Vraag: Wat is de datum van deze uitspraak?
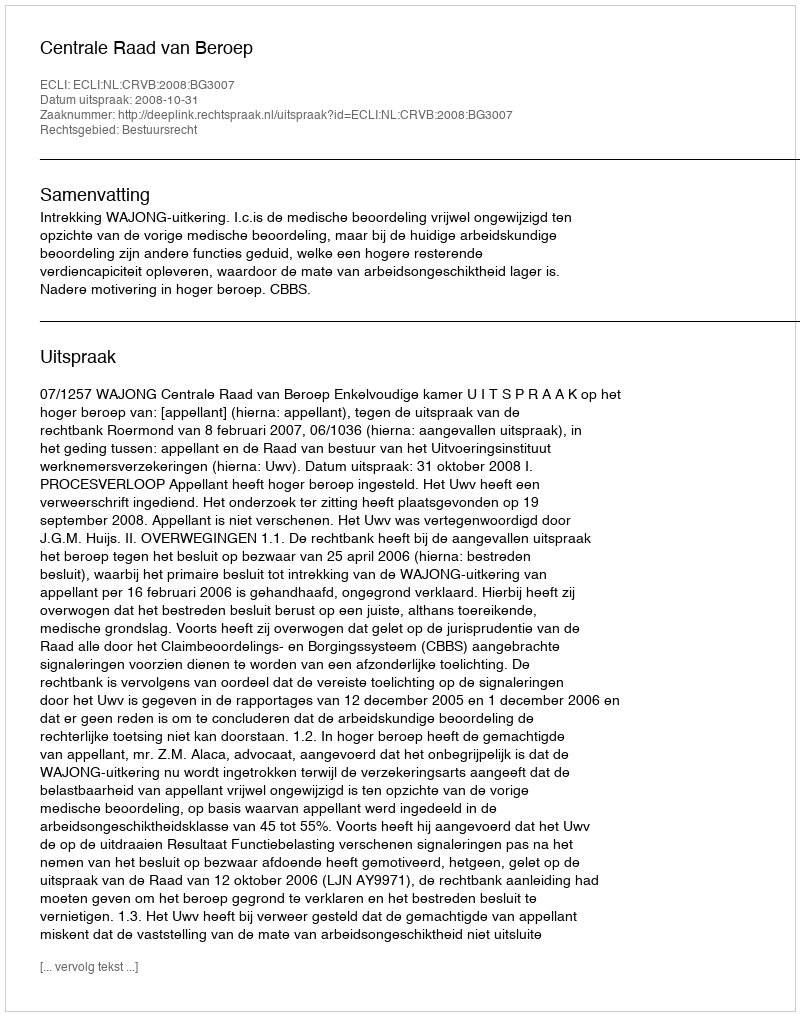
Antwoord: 2008-10-31